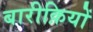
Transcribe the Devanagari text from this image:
बारीक़ियों